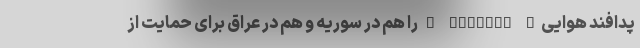
پدافند هوایی" Avenger " را هم در سوریه و هم در عراق برای حمایت از